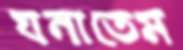
ঘনাতেম